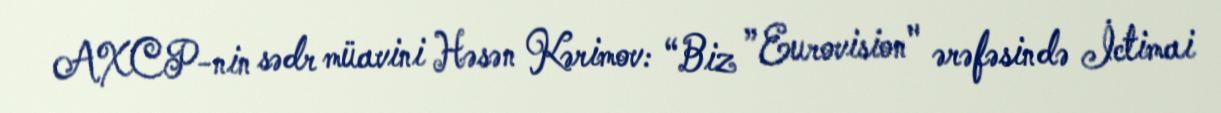
AXCP-nin sədr müavini Həsən Kərimov: “Biz ”Eurovision" ərəfəsində İctimai